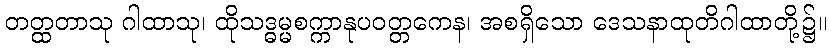
တတ္ထတာသု ဂါထာသု၊ ထိုသဒ္ဓမ္မစက္ကာနုပဝတ္တကေန၊ အစရှိသော ဒေသနာထုတိဂါထာတို့၌။